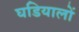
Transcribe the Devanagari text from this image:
घडियालों